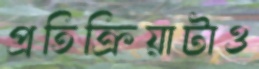
প্রতিক্রিয়াটাও